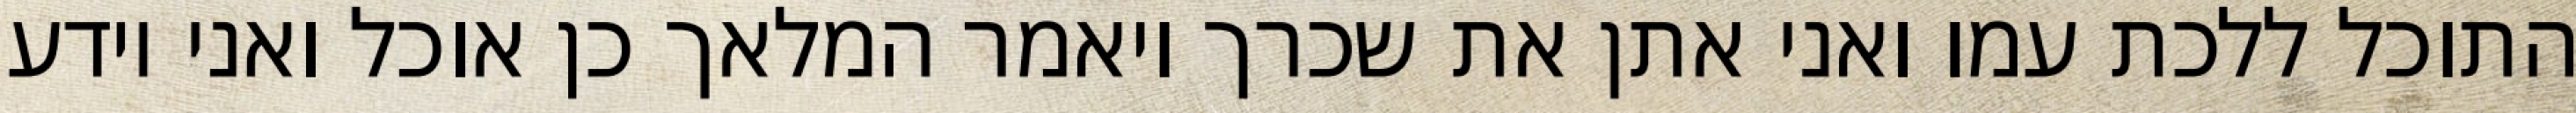
התוכל ללכת עמו ואני אתן את שכרך ויאמר המלאך כן אוכל ואני יודע